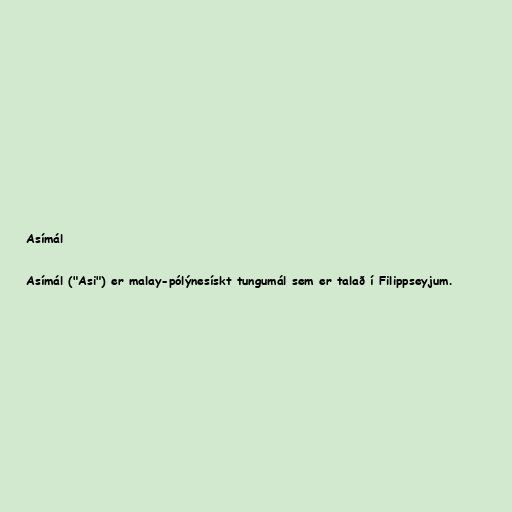
Asímál

Asímál ("Asi") er malay-pólýnesískt tungumál sem er talað í Filippseyjum.